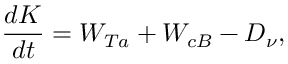
\frac { d K } { d t } = W _ { T a } + W _ { c B } - D _ { \nu } ,